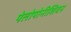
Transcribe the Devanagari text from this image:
पेलोपोनीशियन